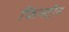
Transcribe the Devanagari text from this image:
फिन्स्टीन